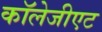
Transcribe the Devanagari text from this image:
कॉलेजीएट